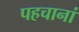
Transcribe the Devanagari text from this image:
पहचानां